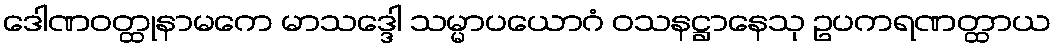
ဒေါဏဝတ္ထုနာမကေ မာသဒ္ဒေါ သမ္မာပယောဂံ ဝသနဋ္ဌာနေသု ဥပကရဏတ္ထာယ